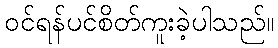
ဝင်ရန်ပင်စိတ်ကူးခဲ့ပါသည်။